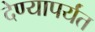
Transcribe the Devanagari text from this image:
देण्यापर्यंत